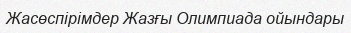
Жасөспірімдер Жазғы Олимпиада ойындары